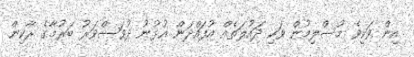
އިން ވަކިވެ މުސްލިމުން ވަކި ދައުލަތެއް އުފައްދަން އުޅުނު ދުވަސްވަރު ބަރުމާގެ ރާކިން